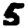
Digit: 5